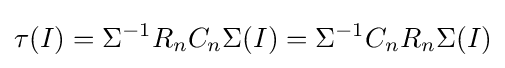
\tau (I)=\Sigma ^{-1}R_{n}C_{n}\Sigma (I)=\Sigma ^{-1}C_{n}R_{n}\Sigma (I)